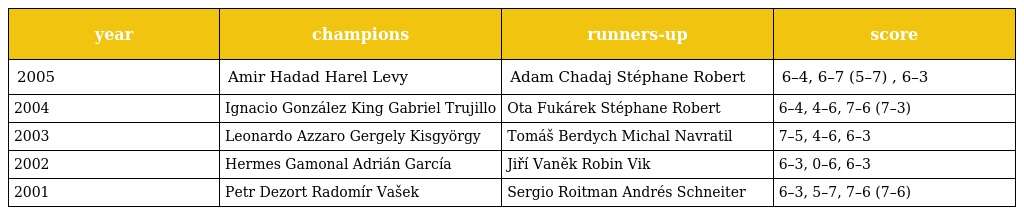
| year | champions | runners-up | score |
 | --- | --- | --- | --- |
 | 2005 | Amir Hadad Harel Levy | Adam Chadaj Stéphane Robert | 6–4, 6–7 (5–7) , 6–3 |
 | 2004 | Ignacio González King Gabriel Trujillo | Ota Fukárek Stéphane Robert | 6–4, 4–6, 7–6 (7–3) |
 | 2003 | Leonardo Azzaro Gergely Kisgyörgy | Tomáš Berdych Michal Navratil | 7–5, 4–6, 6–3 |
 | 2002 | Hermes Gamonal Adrián García | Jiří Vaněk Robin Vik | 6–3, 0–6, 6–3 |
 | 2001 | Petr Dezort Radomír Vašek | Sergio Roitman Andrés Schneiter | 6–3, 5–7, 7–6 (7–6) |